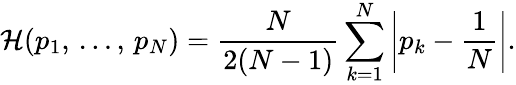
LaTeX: \mathcal{H}(p_{1},\, \dots,\, p_{N})=\frac{N}{2(N-1)}\sum_{k=1}^{N}\left|p_{k}-\frac{1}{N}\right|.